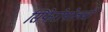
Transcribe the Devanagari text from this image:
सिंफेरोपोलची